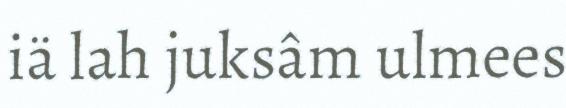
iä lah juksâm ulmees